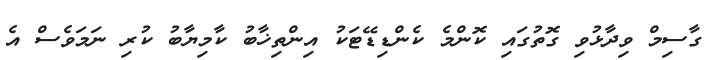
ގާސިމް ވިދާޅުވި ގޮތުގައި ކޮންމެ ކެންޑިޑޭޓަކު އިންތިޚާބު ކާމިޔާބު ކުރި ނަމަވެސް އެ